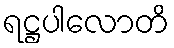
ရဋ္ဌပါလောတိ